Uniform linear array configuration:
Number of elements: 16
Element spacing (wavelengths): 0.25
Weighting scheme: blackman
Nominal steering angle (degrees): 30
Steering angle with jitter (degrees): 29.266
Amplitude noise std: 0.05
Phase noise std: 0.05

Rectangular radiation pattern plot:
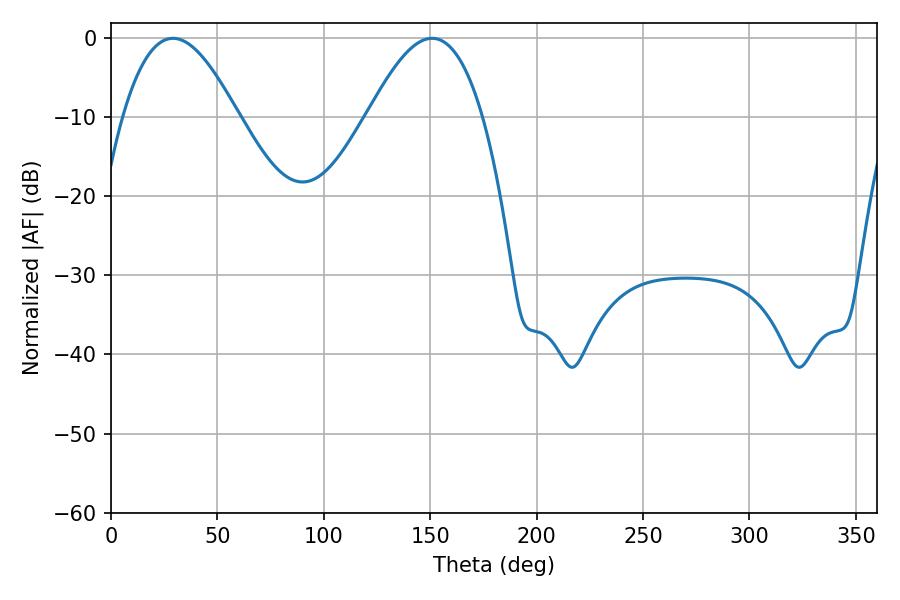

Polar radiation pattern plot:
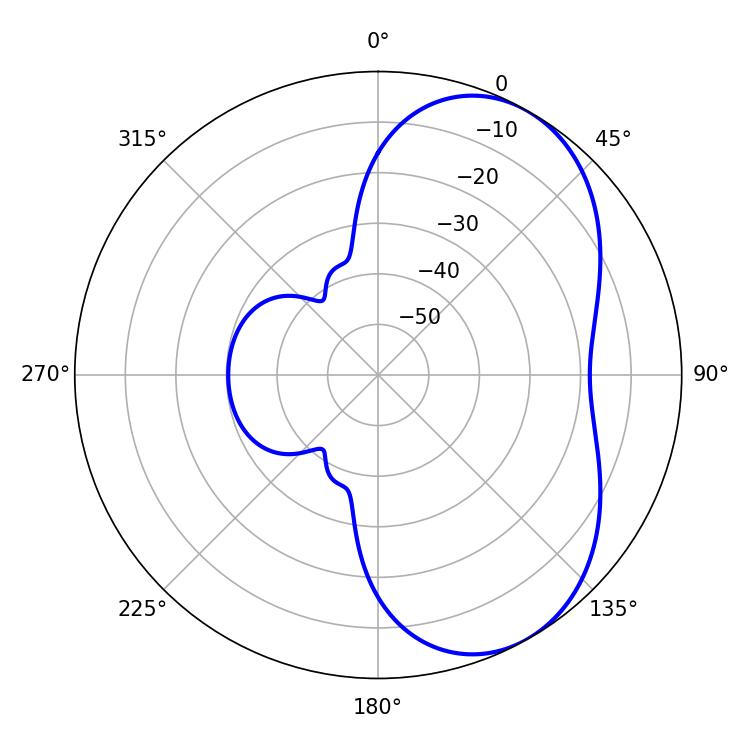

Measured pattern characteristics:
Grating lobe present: FALSE
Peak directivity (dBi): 5.375
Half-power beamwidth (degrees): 29.34
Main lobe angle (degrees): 29.16